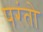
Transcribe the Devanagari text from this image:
परंतो